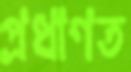
প্রধাণত